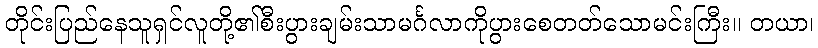
တိုင်းပြည်နေသူရှင်လူတို့၏စီးပွားချမ်းသာမင်္ဂလာကိုပွားစေတတ်သောမင်းကြီး။ တယာ၊